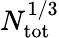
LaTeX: N_{\mathrm{tot}}^{1/3}